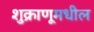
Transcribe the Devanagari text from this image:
शुक्राणूमधील